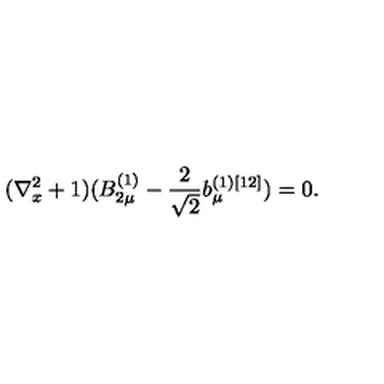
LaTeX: ( \nabla _ { x } ^ { 2 } + 1 ) ( B _ { 2 \mu } ^ { ( 1 ) } - \frac { 2 } { \sqrt { 2 } } b _ { \mu } ^ { ( 1 ) [ 1 2 ] } ) = 0 .